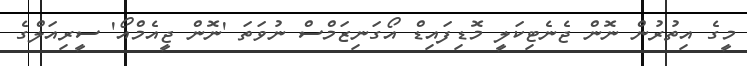
މީގެ އިތުރުން ނޮން ޖެނެޓިކަލީ މޮޑިފައިޑް އޯގަނިޒަމްސް ނުވަތަ 'ނޮން ޖީއެމްއޯ' ސީރިއަލްގެ